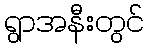
ရွာအနီးတွင်